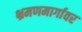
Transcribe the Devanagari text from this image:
भ्रमणमार्गावर